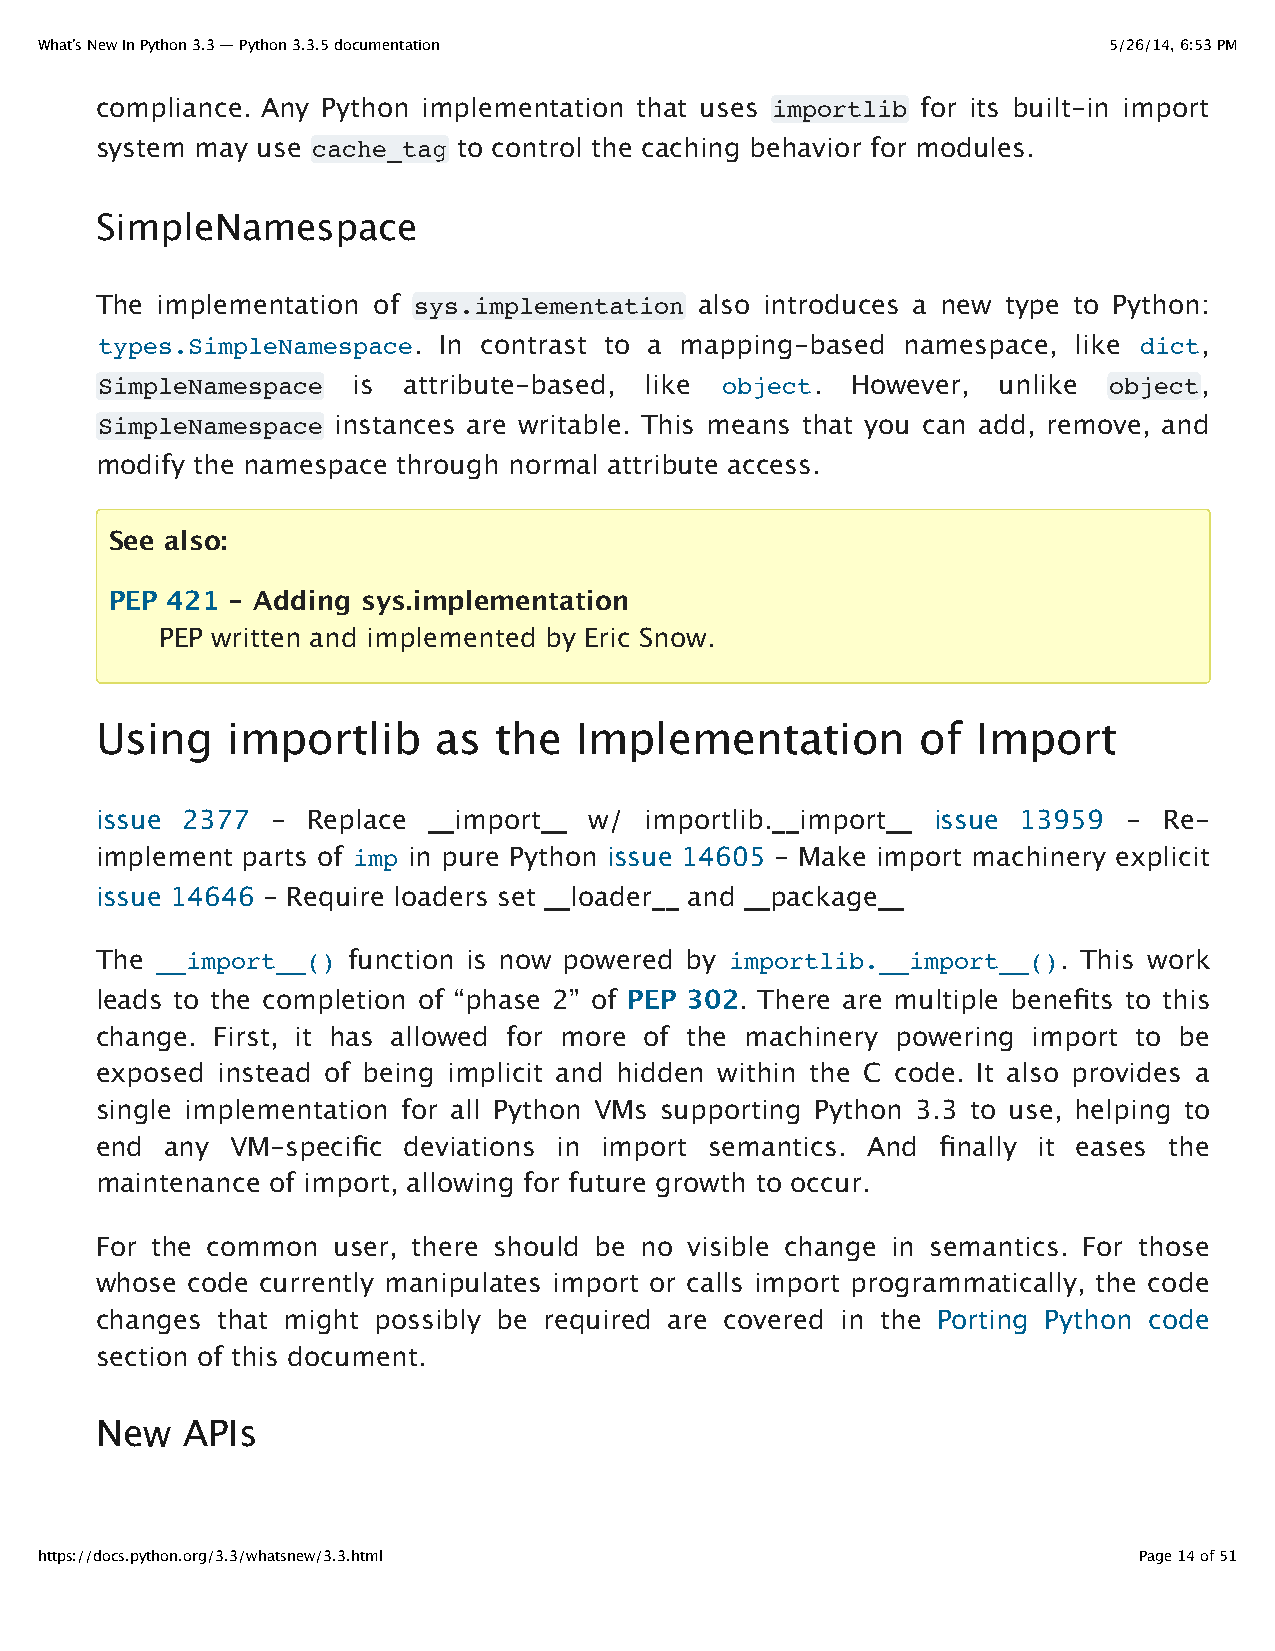
What’s New In Python 3.3 — Python 3.3.5 documentation                  5/26/14, 6:53 PM
 compliance. Any Python implementation that uses importlib for its built-in import
 system may use cache_tag to control the caching behavior for modules.
 SimpleNamespace
 The implementation of sys.implementation also introduces a new type to Python:
 types.SimpleNamespace. In contrast to a mapping-based namespace, like dict,
 SimpleNamespace  is  attribute-based, like object. However, unlike object,
 SimpleNamespace instances are writable. This means that you can add, remove, and
 modify the namespace through normal attribute access.
 See also:
 PEP 421 - Adding sys.implementation
 PEP written and implemented by Eric Snow.
 Using    importlib     as  the  Implementation         of  Import
 issue 2377  - Replace __import__ w/  importlib.__import__ issue 13959 - Re-
 implement parts of imp in pure Python issue 14605 - Make import machinery explicit
 issue 14646 - Require loaders set __loader__ and __package__
 The __import__() function is now powered by importlib.__import__(). This work
 leads to the completion of “phase 2” of PEP 302. There are multiple benefits to this
 change. First, it has allowed for more of the machinery powering import to be
 exposed instead of being implicit and hidden within the C code. It also provides a
 single implementation for all Python VMs supporting Python 3.3 to use, helping to
 end  any VM-specific deviations in import semantics. And finally it eases the
 maintenance of import, allowing for future growth to occur.
 For the common  user, there should be no visible change in semantics. For those
 whose code currently manipulates import or calls import programmatically, the code
 changes that might possibly be required are covered in the Porting Python code
 section of this document.
 New   APIs
 https://docs.python.org/3.3/whatsnew/3.3.html                            Page 14 of 51